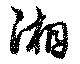
湘